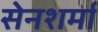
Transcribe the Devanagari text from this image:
सेनशर्मा